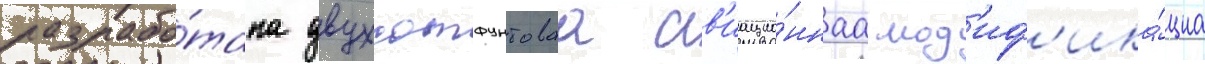
разрабо́тана двухсотфунтоваа ав'иацио́ннаа мод'иф'ика́циа